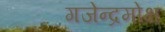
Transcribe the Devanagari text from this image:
गजेन्द्रमोक्ष